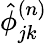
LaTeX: \hat{\phi}_{jk}^{(n)}